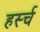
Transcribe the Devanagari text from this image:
हर्स्च